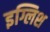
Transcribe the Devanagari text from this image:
इग्लिश